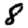
Digit: 8